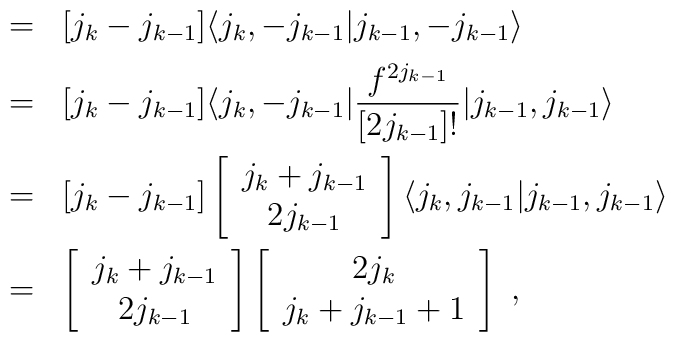
\begin{array}{rcl}  &=&[j_k-j_{k-1}]\langle j_k,-j_{k-1}\vert j_{k-1},-j_{k-1}\rangle\\[2mm]  &=&[j_k-j_{k-1}]\langle j_k,-j_{k-1}\vert \displaystyle     \frac{f^{2j_{k-1}}}{[2j_{k-1}]!}\vert j_{k-1},     j_{k-1}\rangle\\[4mm]  &=&[j_k-j_{k-1}]\left[\begin{array}{c}                        j_k+j_{k-1}\\                        2j_{k-1}                        \end{array}\right]     \langle j_k,j_{k-1}\vert j_{k-1},j_{k-1}\rangle\\[4mm]  &=&\left[\begin{array}{c}                        j_k+j_{k-1}\\                        2j_{k-1}                        \end{array}\right]     \left[\begin{array}{c}                        2j_k\\                        j_k+j_{k-1}+1                        \end{array}\right]~,\end{array}